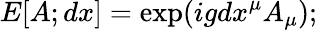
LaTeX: E[A;dx]=\exp(igdx^{\mu}A_{\mu});